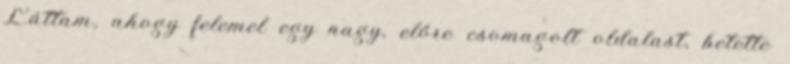
Láttam, ahogy felemel egy nagy, előre csomagolt oldalast, betette